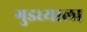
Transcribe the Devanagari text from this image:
गुडघ्याला